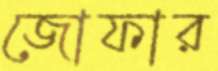
জোফার